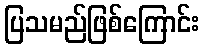
ပြသမည်ဖြစ်ကြောင်း